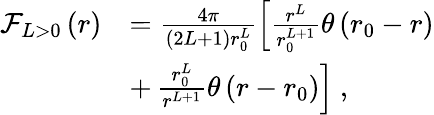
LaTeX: \begin{array}{rl}{\mathcal{F}_{L>0}\left(r\right)}&{=\frac{4\pi}{(2L+1)r_{0}^{L}}\left[\frac{r^{L}}{r_{0}^{L+1}}\theta\left(r_{0}-r\right)\right.}\\ &{+\left.\frac{r_{0}^{L}}{r^{L+1}}\theta\left(r-r_{0}\right)\right]\ ,}\end{array}